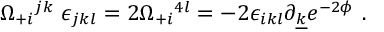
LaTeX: \Omega _ { + i } { } ^ { j k } \; \epsilon _ { j k l } = 2 \Omega _ { + i } { } ^ { 4 l } = - 2 \epsilon _ { i k l } \partial _ { \underline { { k } } } e ^ { - 2 \phi } \ .